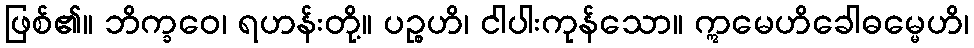
ဖြစ်၏။ ဘိက္ခဝေ၊ ရဟန်းတို့။ ပဉ္စဟိ၊ ငါပါးကုန်သော။ ဣမေဟိခေါဓမ္မေဟိ၊